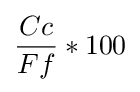
{\frac {Cc}{Ff}}*100